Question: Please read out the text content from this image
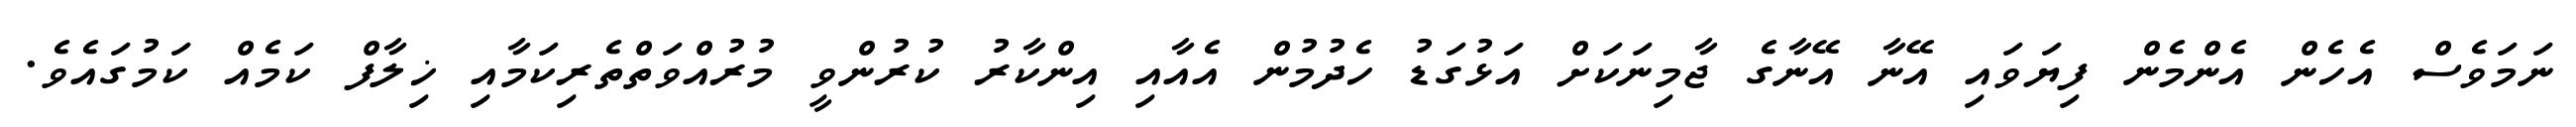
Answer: ނަމަވެސް އެހެން އެންމެން ފިޔަވައި އޭނާ އޭނާގެ ޖާމިނަކަށް އަޅުގަޑު ހެދުމުން އެއާއި އިންކާރު ކުރުންވީ މުރުއްވަތްތެރިކަމާއި ޚިލާފް ކަމެއް ކަމުގައެވެ.